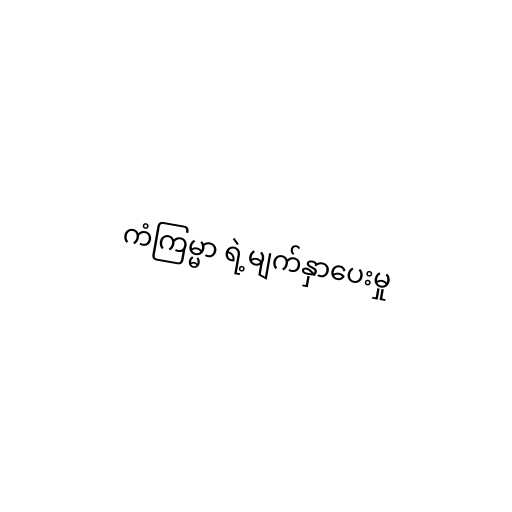
ကံကြမ္မာ ရဲ့မျက်နှာပေးမှု